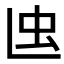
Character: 𧈞